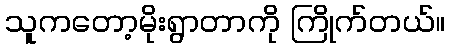
သူကတော့မိုးရွာတာကို ကြိုက်တယ်။